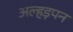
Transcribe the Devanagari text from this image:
अल्हड़पन